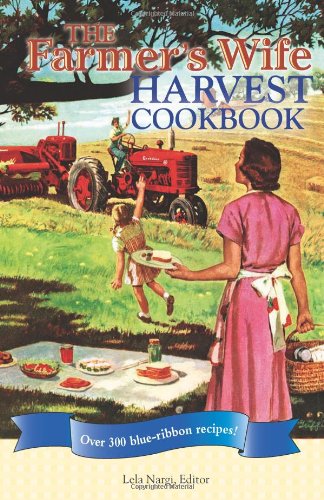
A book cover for The Farmer's Wife Harvest Cookbook: Over 300 blue-ribbon recipes!; Lela Nargi; Cookbooks, Food & Wine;